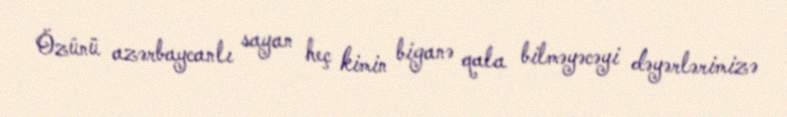
Özünü azərbaycanlı sayan heç kimin biganə qala bilməyəcəyi dəyərlərimizə